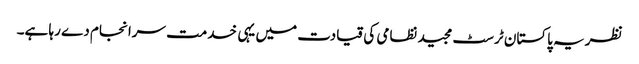
نظریہ پاکستان ٹرسٹ مجید نظامی کی قیادت میں یہی خدمت سرانجام دے رہا ہے۔